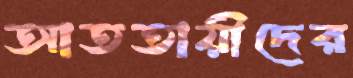
আততায়ীদের